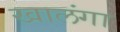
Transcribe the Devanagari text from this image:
खालंगा